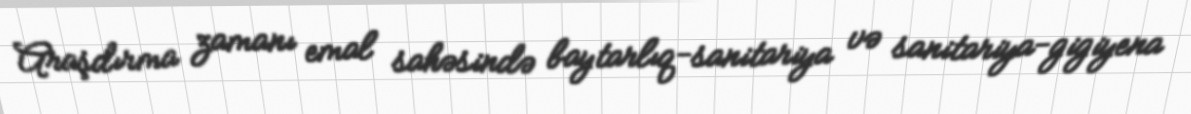
Araşdırma zamanı emal sahəsində baytarlıq-sanitariya və sanitariya-gigiyena